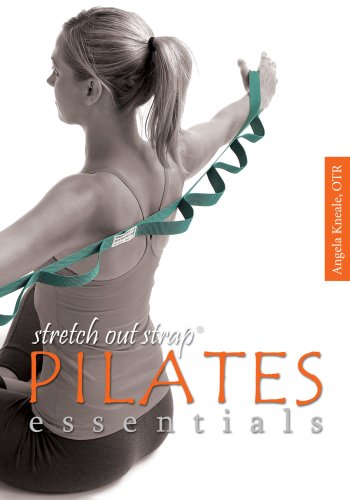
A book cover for Stretch Out Strap Pilates Essentials (8216); Angela Kneale OTR; Health, Fitness & Dieting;